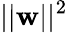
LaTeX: ||\mathbf{w}||^{2}